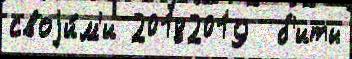
своjи́м'и 20182019  б'иты